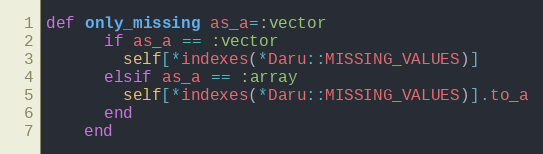
Language: Ruby
def only_missing as_a=:vector
      if as_a == :vector
        self[*indexes(*Daru::MISSING_VALUES)]
      elsif as_a == :array
        self[*indexes(*Daru::MISSING_VALUES)].to_a
      end
    end